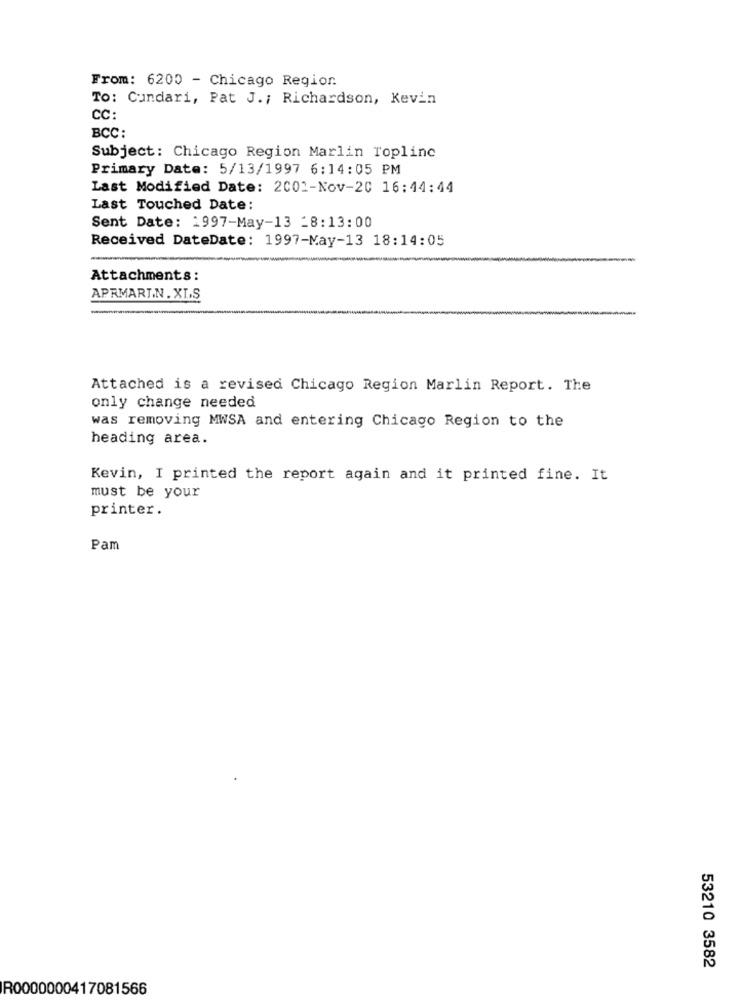
From: 6200 - Chicago Regior.
To: Cundari, Pat J .; Richardson, Kevin
CC:
BCC:
Subject: Chicago Region Marlin Topline
Primary Date: 5/13/1997 6:14:05 PM
Last Modified Date: 2001-Nov-20 16:44:44
Last Touched Date:
Sent Date: 1997-May-13 -8:13:00
Received DateDate: 1997-May-13 18:14:05
Attachments:
APRMARTIN . XI.S
Attached is a revised Chicago Region Marlin Report. The
only change needed
was removing MWSA and entering Chicago Region to the
heading area.
Kevin, I printed the report again and it printed fine. It
must be your
printer.
Pam
53210 3582
R0000000417081566